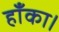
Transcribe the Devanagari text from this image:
हाँका।